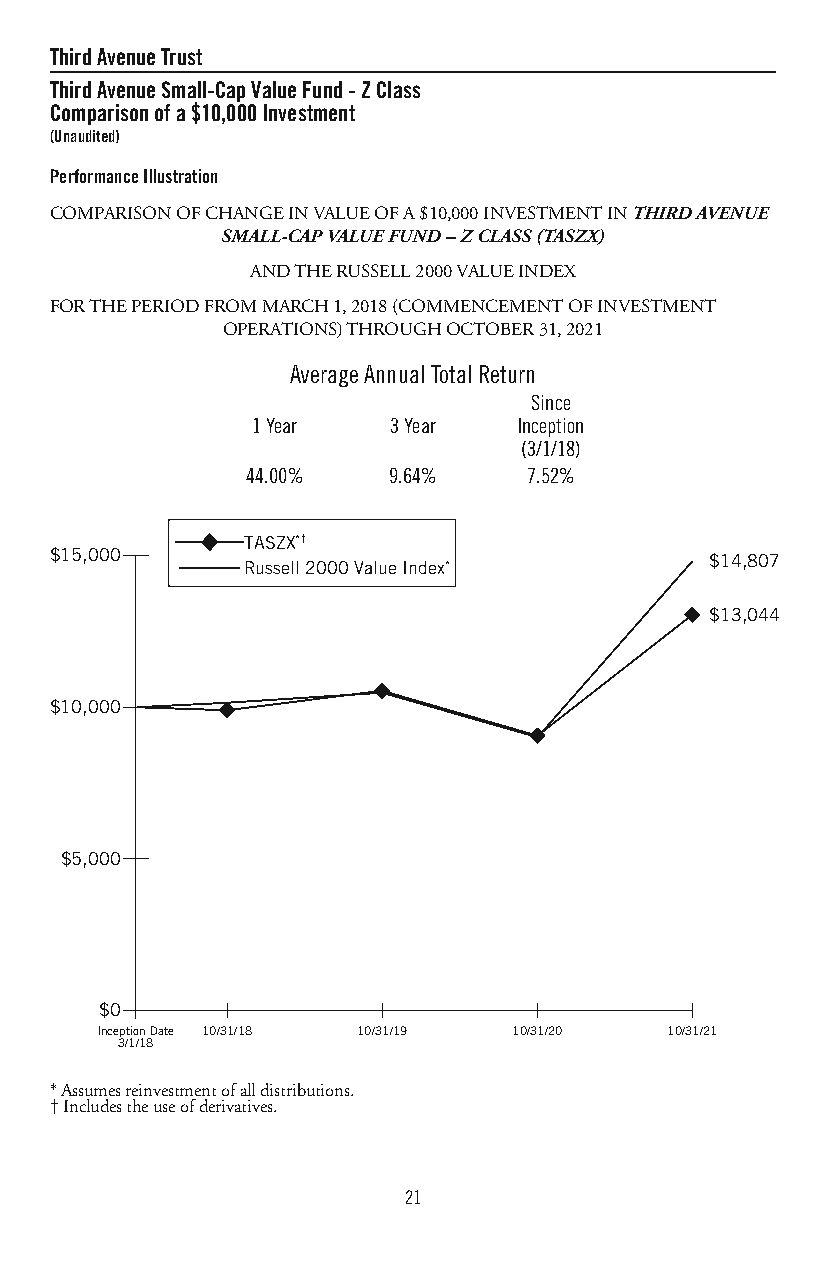
ThirdAvenueTrust
 ThirdAvenueSmall-CapValueFund-ZClass
 Comparisonofa$10,000Investment
 (Unaudited)
 PerformanceIllustration
 COMPARISONOFCHANGEINVALUEOFA$10,000INVESTMENTINTHIRDAVENUE
 SMALL-CAPVALUEFUND–ZCLASS(TASZX)
 ANDTHERUSSELL2000VALUEINDEX
 FORTHEPERIODFROMMARCH1,2018(COMMENCEMENTOFINVESTMENT
 OPERATIONS)THROUGHOCTOBER31,2021
 AverageAnnualTotalReturn
 Since
 1Year    3Year   Inception
 (3/1/18)
 44.00%    9.64%    7.52%
 TASZX*†
 $15,000                                     $14,807
 Russell 2000 Value Index*
 $13,044
 $10,000
 $5,000
 $0
 Inception Date 10/31/18 10/31/19 10/31/20 10/31/21
 3/1/18
 *Assumesreinvestmentofalldistributions.
 †Includestheuseofderivatives.
 21